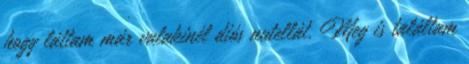
hogy láttam már valakinél diós nutellát. Meg is találtam